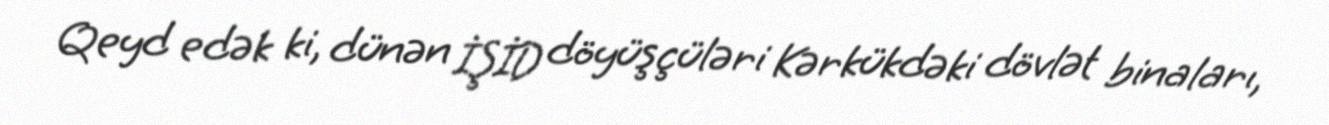
Qeyd edək ki, dünən İŞİD döyüşçüləri Kərkükdəki dövlət binaları,